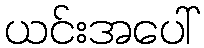
ယင်းအပေါ်